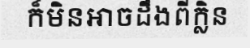
ក៏មិនអាចដឹងពីក្លិន